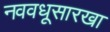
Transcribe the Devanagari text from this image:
नववधूसारखा